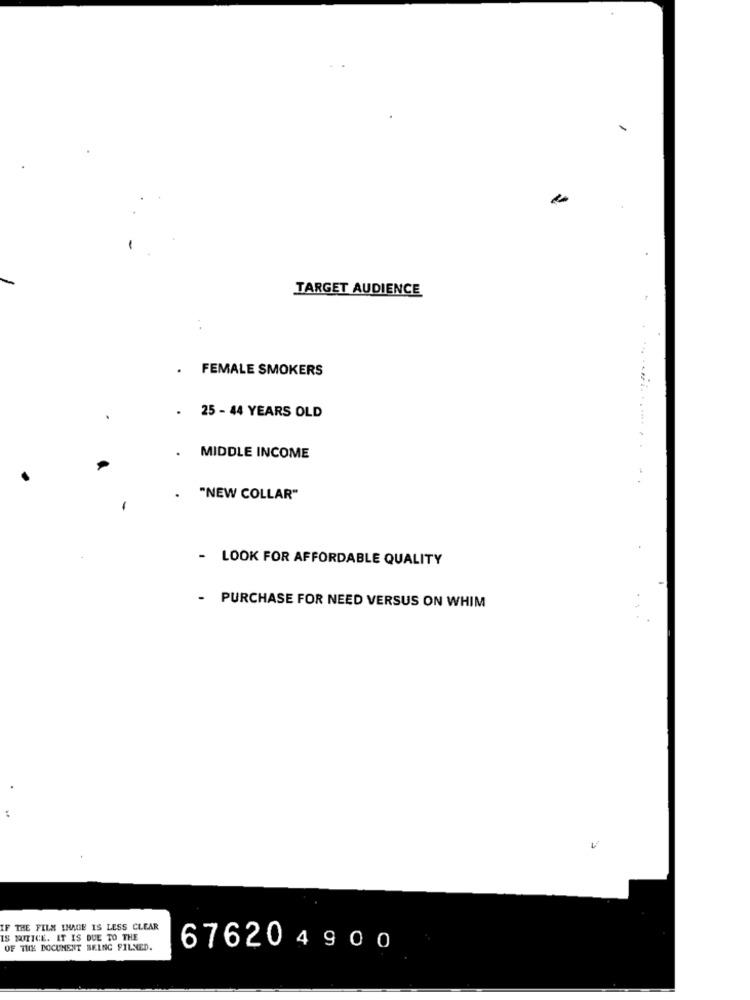
TARGET AUDIENCE
. .
. FEMALE SMOKERS
.
25 - 44 YEARS OLD
MIDDLE INCOME
"NEW COLLAR"
- LOOK FOR AFFORDABLE QUALITY
- PURCHASE FOR NEED VERSUS ON WHIM
THE FILM IMAGE IS LESS CLEAR
IS NOTICE. IT IS DUE TO THE
OF THE DOCUMENT BEING FILMED.
676204900